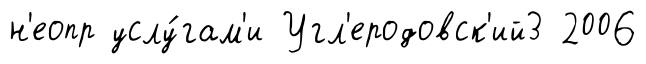
н'еопр услу́гам'и Угл'еродовск'ий3 2006